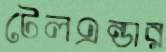
টেলএন্ডার